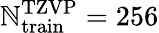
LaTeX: \mathbb{N}_{\mathrm{{train}}}^{\mathrm{{TZVP}}}=256